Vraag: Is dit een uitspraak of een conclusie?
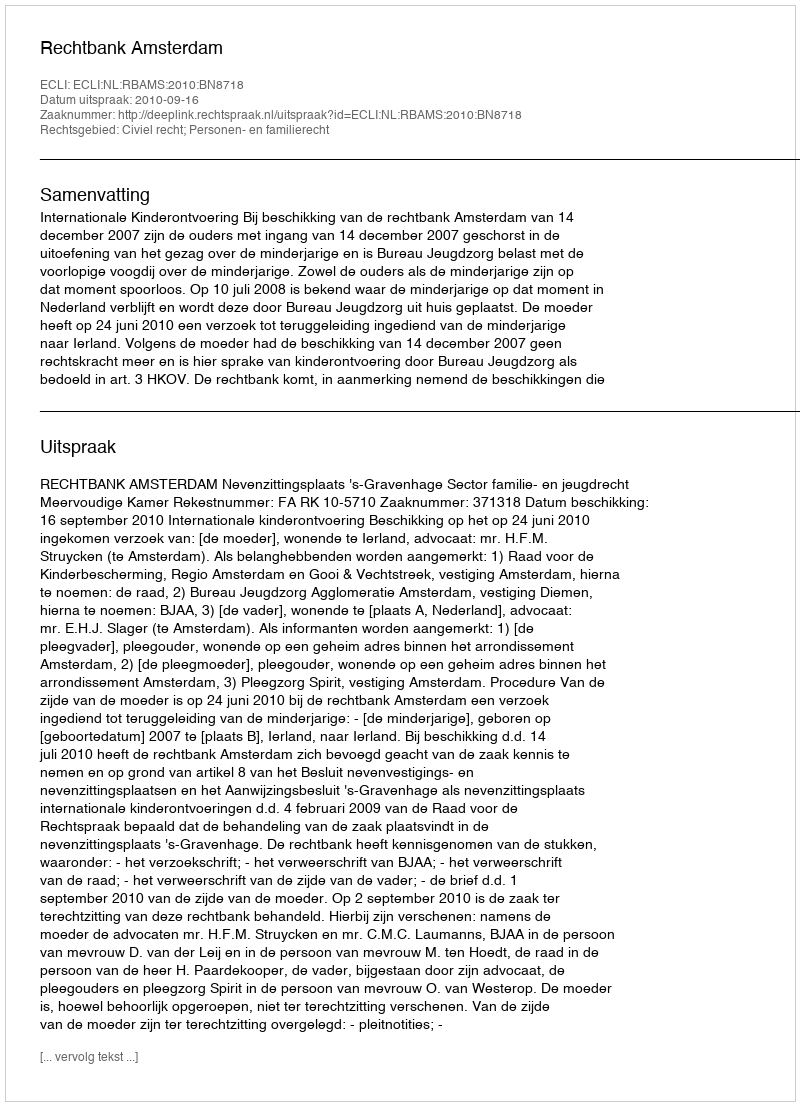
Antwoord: Uitspraak